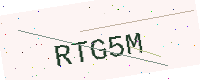
Text: RTG5M